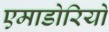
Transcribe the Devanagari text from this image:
एमाडोरियो